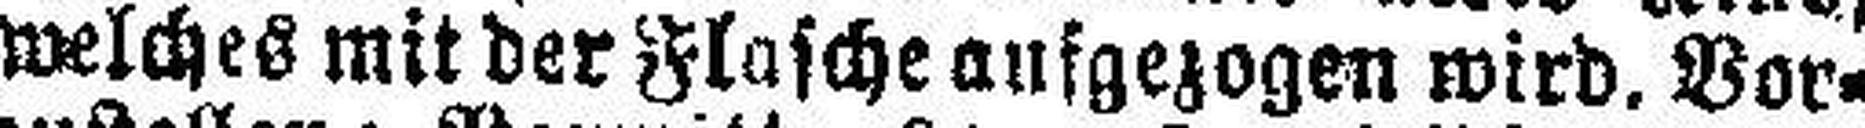
weIches mit der Flasche aufgezogen wird. Vor¬